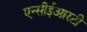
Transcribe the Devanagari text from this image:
एन्सीईआरटी